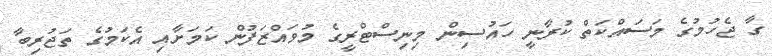
ގާ ޖެހުމުގެ މަސައްކަތް ކުރާނީ ހައުސިން މިނިސްޓްރީގެ މުވައްޒަފުން ކަމަށާއި އެކަމުގެ ތަޖުރިބާ